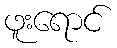
ဖူးရောင်